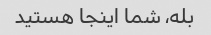
بله، شما اینجا هستید